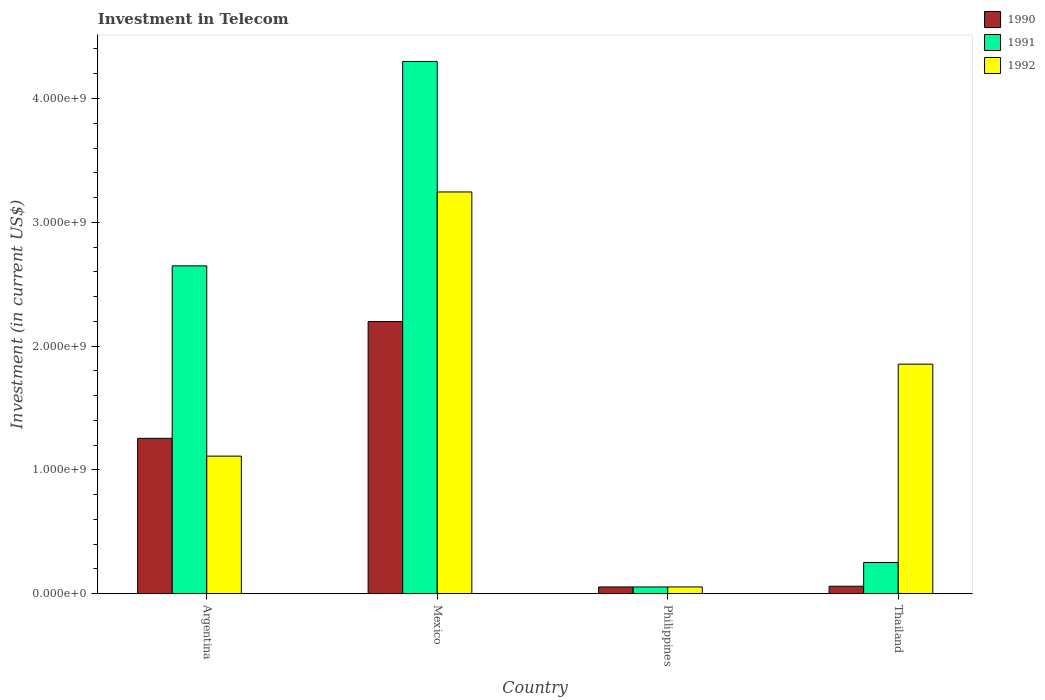
| Country | 1990 | 1991 | 1992 |
 | --- | --- | --- | --- |
 | Argentina | 1.25e+09 | 2.65e+09 | 1.11e+09 |
 | Mexico | 2.2e+09 | 4.3e+09 | 3.24e+09 |
 | Philippines | 5.42e+07 | 5.42e+07 | 5.42e+07 |
 | Thailand | 6e+07 | 2.52e+08 | 1.85e+09 |